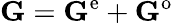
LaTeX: \mathbf{G}=\mathbf{G}^{\mathrm{e}}+\mathbf{G}^{\mathrm{o}}